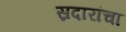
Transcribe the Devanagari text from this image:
स्रदारांचा